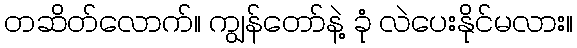
တဆိတ်လောက်။ ကျွန်တော်နဲ့ ခုံ လဲပေးနိုင်မလား။